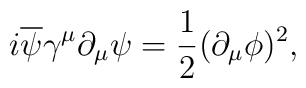
i\overline{\psi }\gamma ^{\mu }\partial _{\mu }\psi =\frac{1}{2}(\partial_{\mu }\phi)^{2},